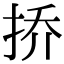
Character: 挢